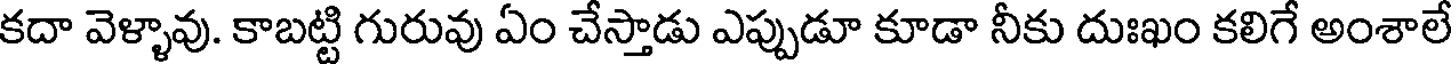
కదా వెళ్ళావు. కాబట్టి గురువు ఏం చేస్తాడు ఎప్పుడూ కూడా నీకు దుఃఖం కలిగే అంశాలే